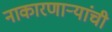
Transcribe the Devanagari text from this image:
नाकारणाऱ्यांची